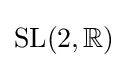
\mathrm {SL} (2,\mathbb {R} )